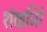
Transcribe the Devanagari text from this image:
शंखजिरे